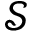
\mathcal { S }